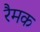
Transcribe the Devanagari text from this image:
रैमक